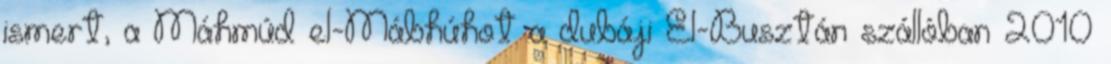
ismert, a Máhmúd el-Mábhúhot a dubáji El-Busztán szállóban 2010